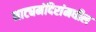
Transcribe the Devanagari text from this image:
नाट्यमंदिरांमधील